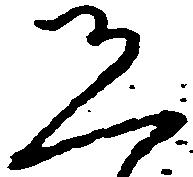
恐